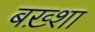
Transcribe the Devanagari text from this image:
बख़्शा